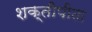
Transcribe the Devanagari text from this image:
शक्तीपीठा